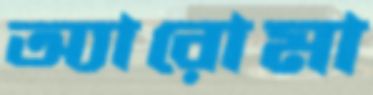
অ্যারোমা